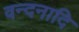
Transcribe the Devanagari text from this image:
वन्दनादि